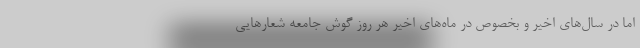
اما در سال‌های اخیر و بخصوص در ماه‌های اخیر هر روز گوش جامعه شعارهایی